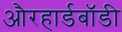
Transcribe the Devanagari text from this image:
औरहार्डबॉडी